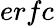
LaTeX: erfc